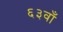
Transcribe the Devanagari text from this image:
६३वाँ